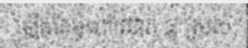
ឡើងតែម្តង។លោក ធូ ស្រស់